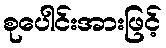
စုပေါင်းအားဖြင့်